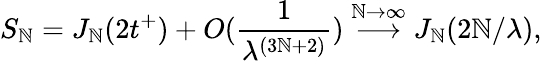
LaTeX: S_{\mathbb{N}}=J_{\mathbb{N}}(2t^{+})+O(\frac{{1}}{{\lambda^{(3\mathbb{N}+2)}}})\stackrel{\mathbb{N}\rightarrow\infty}{\longrightarrow}J_{\mathbb{N}}(2\mathbb{N}/\lambda),